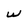
Character: w